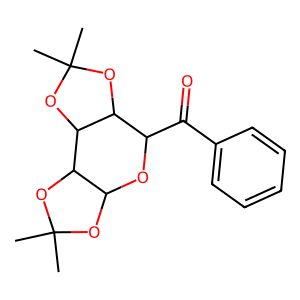
SMILES: CC1(C)OC2OC(C(=O)c3ccccc3)C3OC(C)(C)OC3C2O1
Inhibits HIV replication: No